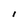
Character: l